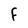
Character: F